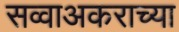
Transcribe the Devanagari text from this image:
सव्वाअकराच्या